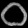
Digit: ၀